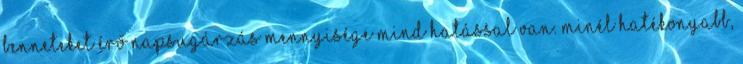
benneteket érő napsugárzás mennyisége mind hatással van. Minél hatékonyabb,